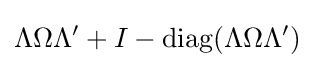
\Lambda \Omega \Lambda {'}+I-\operatorname {diag} (\Lambda \Omega \Lambda {'})